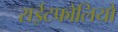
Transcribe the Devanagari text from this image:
राईटफोलियो